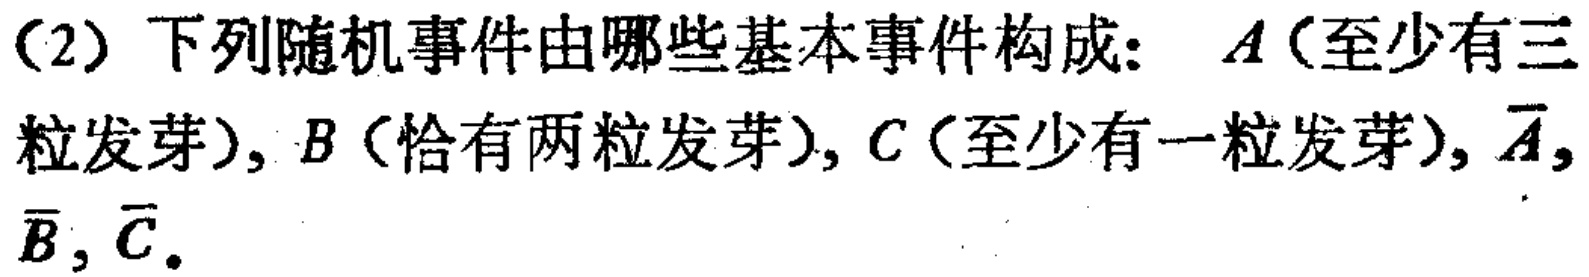
（2）下列随机事件由哪些基本事件构成：$A$（至少有三粒发芽），$B$（恰有两粒发芽），$C$（至少有一粒发芽），$\overline{A}$，$\overline{B}$，$\overline{C}$。